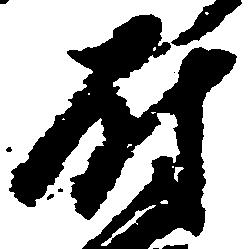
尉